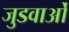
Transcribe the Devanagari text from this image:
जुडवाओं